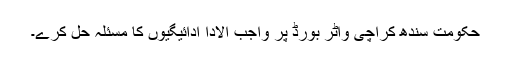
حکومت سندھ کراچی واٹر بورڈ پر واجب الادا ادائیگیوں کا مسئلہ حل کرے۔